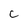
Character: c